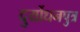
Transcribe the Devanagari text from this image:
दुर्योधनपुत्र